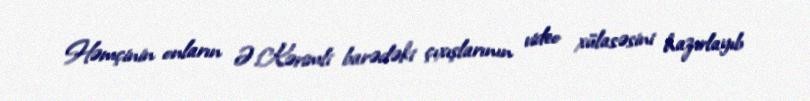
Həmçinin onların Ə.Kərimli barədəki çıxışlarının video xülasəsini hazırlayıb